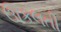
ઊકલતી